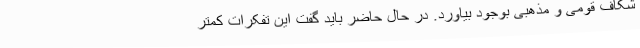
شکاف قومی و مذهبی بوجود بیاورد. در حال حاضر باید گفت این تفکرات کمتر